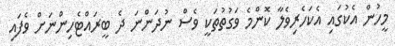
މީހުން އެކުގައި އެކަހެރިވެލާ ކޮންމެ ވަގުތުތަކީ ވެސް ނުދަންނަ ދެ ބީރައްޓެހިންނަށް ވެފައި